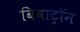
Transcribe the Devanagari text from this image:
बिवाट्रॉन